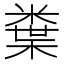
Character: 𭫮